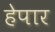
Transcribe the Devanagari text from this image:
हेपार